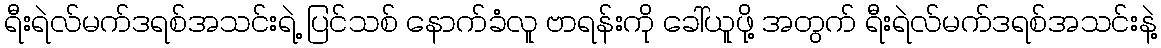
ရီးရဲလ်မက်ဒရစ်အသင်းရဲ့ ပြင်သစ် နောက်ခံလူ ဗာရန်းကို ခေါ်ယူဖို့ အတွက် ရီးရဲလ်မက်ဒရစ်အသင်းနဲ့